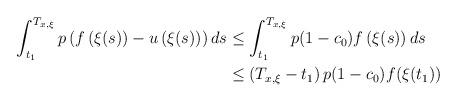
LaTeX: \begin{align*}\begin{aligned} \int_{t_1}^{T_{x, \xi}}p\left( f\left(\xi(s)\right)-u\left(\xi(s)\right)\right) ds &\leq \int_{t_1}^{T_{x, \xi}}p(1-c_0) f\left(\xi(s)\right) ds\\ &\leq \left(T_{x, \xi}-t_1\right)p(1-c_0) f(\xi(t_1))\end{aligned}\end{align*}